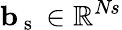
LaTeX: \mathbf{b}_{\mathrm{~s~}}\in\mathbb{R}^{\textit{Ns}}